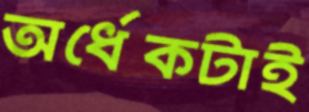
অর্ধেকটাই